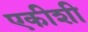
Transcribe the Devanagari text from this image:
एकीशी